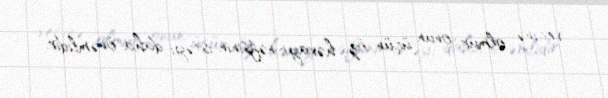
vecinə olmur, onun üçün öz həvayi-nəfsinin istəyi daha önəmlidir.